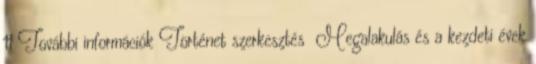
11 További információk Történet szerkesztés Megalakulás és a kezdeti évek